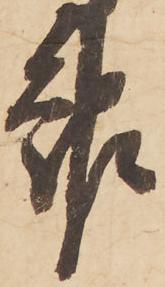
報